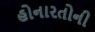
હોનારતોની